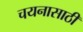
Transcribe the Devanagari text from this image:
चयनासाठी